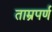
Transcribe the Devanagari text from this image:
ताम्रपर्ण